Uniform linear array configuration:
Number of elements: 48
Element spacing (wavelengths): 0.5
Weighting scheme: blackman
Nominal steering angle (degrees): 60
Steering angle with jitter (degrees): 59.988
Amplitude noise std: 0.05
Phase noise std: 0.05

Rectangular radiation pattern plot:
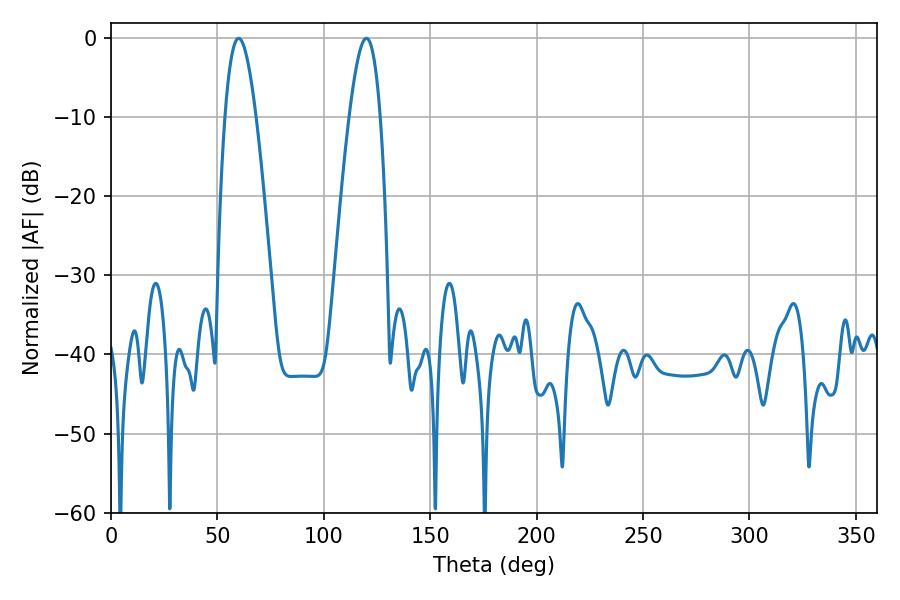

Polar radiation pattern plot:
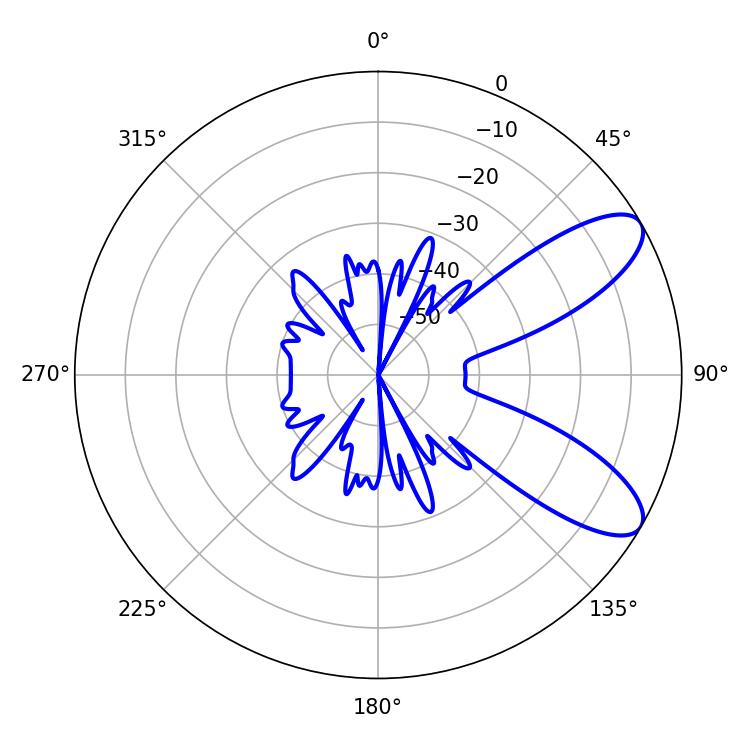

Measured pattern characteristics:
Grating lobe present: FALSE
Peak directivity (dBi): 8.845
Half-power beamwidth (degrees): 7.92
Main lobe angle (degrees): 59.94